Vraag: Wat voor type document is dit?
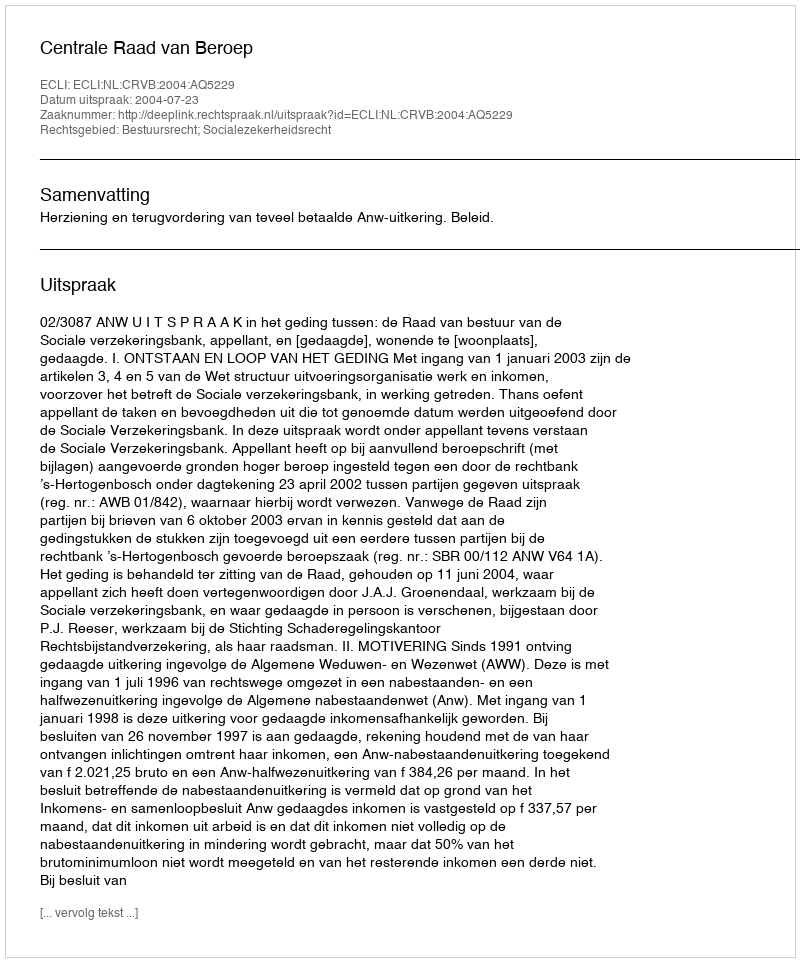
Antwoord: Uitspraak